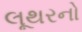
લૂથરનો